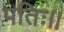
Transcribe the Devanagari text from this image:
पतिः।।